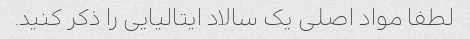
لطفا مواد اصلی یک سالاد ایتالیایی را ذکر کنید.